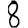
Digit: 8